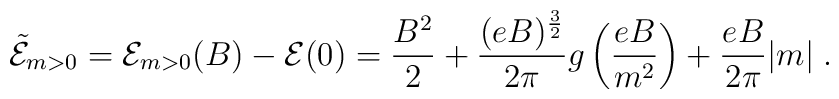
{\tilde {\cal {E}}}_{m>0} = {\cal {E}}_{m>0}(B) - {\cal {E}}(0)= \frac {B^2} {2} + \frac {(eB)^{\frac {3} {2}}} {2 \pi} g\left(\frac {eB} {m^2}\right) + \frac {eB} {2 \pi} |m| \; .